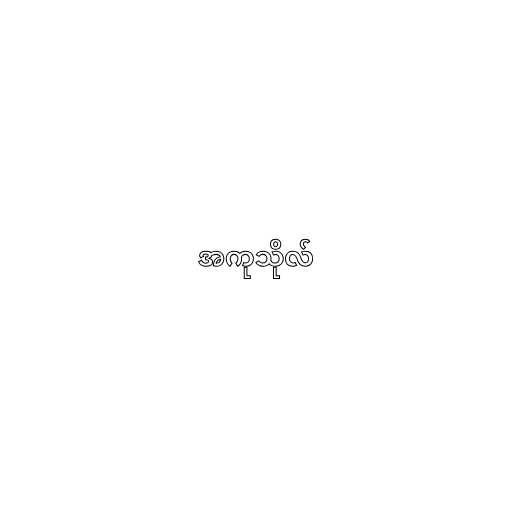
အကုသိုလ်